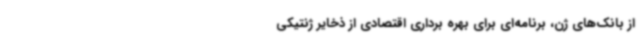
از بانک‌های ژن، برنامه‌ای برای بهره برداری اقتصادی از ذخایر ژنتیکی